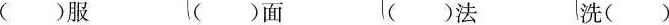
()服 ()面 ()法 洗()